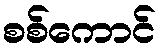
စစ်ကောင်